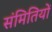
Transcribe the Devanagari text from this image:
संमितियों